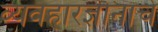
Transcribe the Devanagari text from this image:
व्यवहारज्ञानाचे